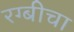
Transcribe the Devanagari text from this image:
रग्बीचा